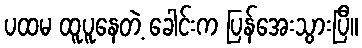
ပထမ ထူပူနေတဲ့ ခေါင်းက ပြန်အေးသွားပြီ။